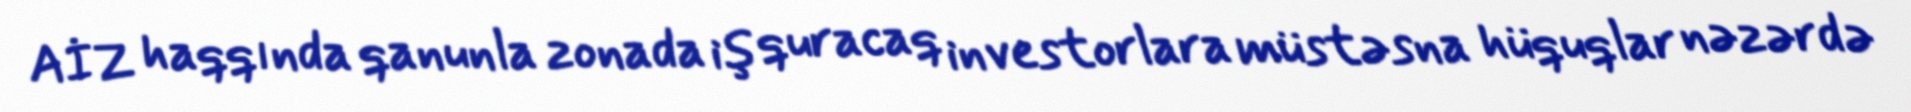
AİZ haqqında qanunla zonada iş quracaq investorlara müstəsna hüquqlar nəzərdə